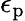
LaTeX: \epsilon_{\mathrm{p}}